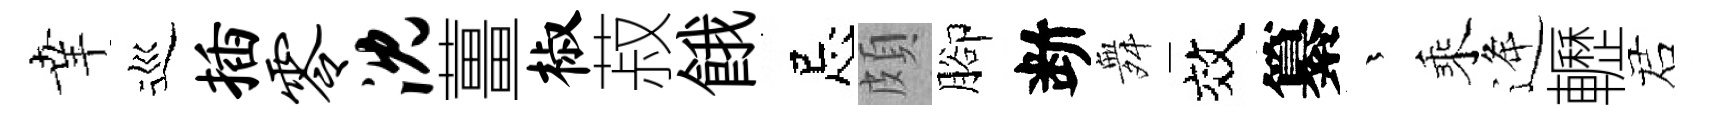
𦍒巡插零沈薑椒菽餓忌頗腳断舞效纂茫乘逄轣诺